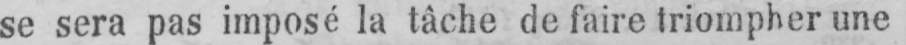
se sera pas imposé la tâche de faire triompher une